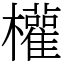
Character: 權